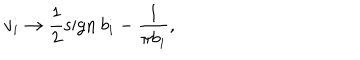
v _ { i } \to \frac { 1 } { 2 } \mathrm { s i g n } \: b _ { i } - \frac { 1 } { \pi b _ { i } } ,